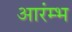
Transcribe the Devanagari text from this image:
आरंम्भ